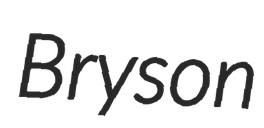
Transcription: Bryson